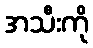
အသီးကို